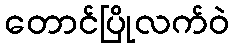
တောင်ပြိုလက်ဝဲ